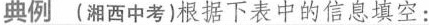
典例(湘西中考)根据下表中的信息填空：